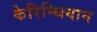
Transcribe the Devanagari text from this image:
केरिन्थियान